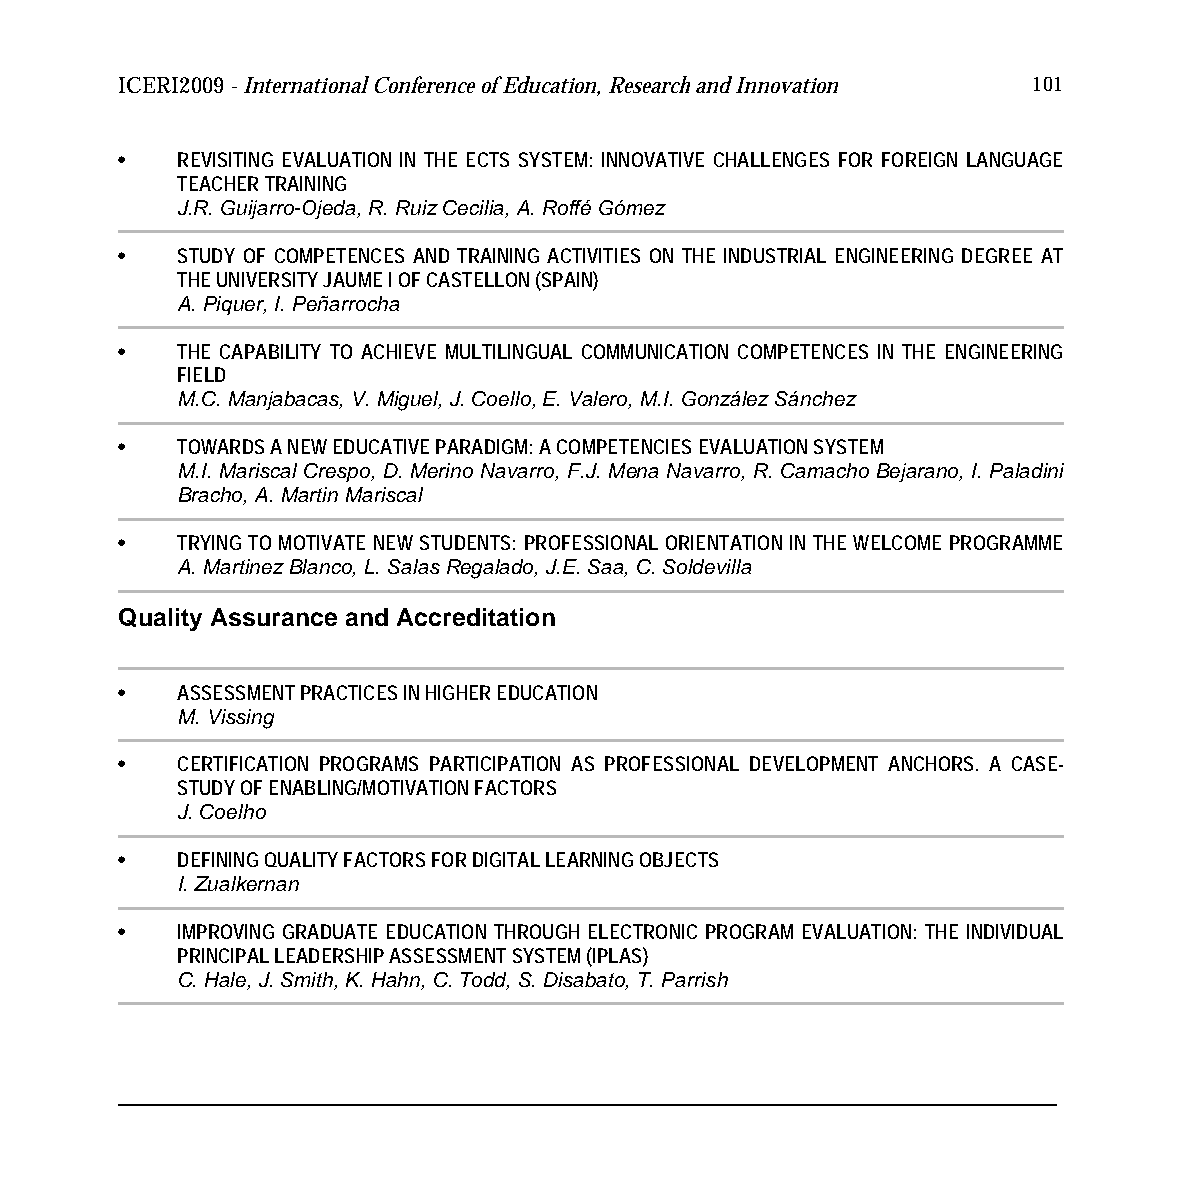
ICERI2009 - International Conference of Education, Research and Innovation 101
 •   REVISITING EVALUATION IN THE ECTS SYSTEM: INNOVATIVE CHALLENGES FOR FOREIGN LANGUAGE
 TEACHER TRAINING
 J.R. Guijarro-Ojeda, R. Ruiz Cecilia, A. Roffé Gómez
 •   STUDY OF COMPETENCES AND TRAINING ACTIVITIES ON THE INDUSTRIAL ENGINEERING DEGREE AT
 THE UNIVERSITY JAUME I OF CASTELLON (SPAIN)
 A. Piquer, I. Peñarrocha
 •   THE CAPABILITY TO ACHIEVE MULTILINGUAL COMMUNICATION COMPETENCES IN THE ENGINEERING
 FIELD
 M.C. Manjabacas, V. Miguel, J. Coello, E. Valero, M.I. González Sánchez
 •   TOWARDS A NEW EDUCATIVE PARADIGM: A COMPETENCIES EVALUATION SYSTEM
 M.I. Mariscal Crespo, D. Merino Navarro, F.J. Mena Navarro, R. Camacho Bejarano, I. Paladini
 Bracho, A. Martin Mariscal
 •   TRYING TO MOTIVATE NEW STUDENTS: PROFESSIONAL ORIENTATION IN THE WELCOME PROGRAMME
 A. Martinez Blanco, L. Salas Regalado, J.E. Saa, C. Soldevilla
 Quality Assurance and Accreditation
 •   ASSESSMENT PRACTICES IN HIGHER EDUCATION
 M. Vissing
 •   CERTIFICATION PROGRAMS PARTICIPATION AS PROFESSIONAL DEVELOPMENT ANCHORS. A CASE-
 STUDY OF ENABLING/MOTIVATION FACTORS
 J. Coelho
 •   DEFINING QUALITY FACTORS FOR DIGITAL LEARNING OBJECTS
 I. Zualkernan
 •   IMPROVING GRADUATE EDUCATION THROUGH ELECTRONIC PROGRAM EVALUATION: THE INDIVIDUAL
 PRINCIPAL LEADERSHIP ASSESSMENT SYSTEM (IPLAS)
 C. Hale, J. Smith, K. Hahn, C. Todd, S. Disabato, T. Parrish